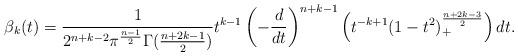
LaTeX: \begin{align*}\beta_k(t) = \frac 1{2^{n+k-2} \pi^{\frac{n-1}2} \Gamma(\frac{n+2k-1}2)} t^{k-1} \left(-\frac d{dt}\right)^{n+k-1} \left(t^{-k+1} (1-t^2)_+^{\frac{n+2k-3}2} \right) dt.\end{align*}